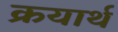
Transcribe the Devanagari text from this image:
क्रयार्थ